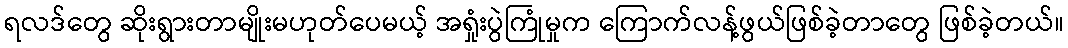
ရလဒ်တွေ ဆိုးရွားတာမျိုးမဟုတ်ပေမယ့် အရှုံးပွဲကြုံမှုက ကြောက်လန့်ဖွယ်ဖြစ်ခဲ့တာတွေ ဖြစ်ခဲ့တယ်။